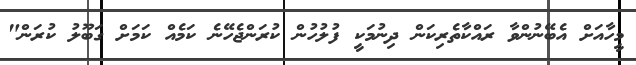
މީހާއަށް އެބޭނުންވާ ރައްކާތެރިކަން ދިނުމަކީ ފުލުހުން ކުރަންޖެހޭނެ ކަމެއް ކަމަށް ގަބޫލު ކުރަން"